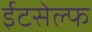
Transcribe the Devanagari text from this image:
ईटसेल्फ